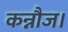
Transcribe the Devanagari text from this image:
कन्नौज।